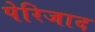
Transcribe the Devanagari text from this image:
पेरिजाद